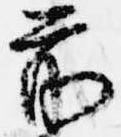
前